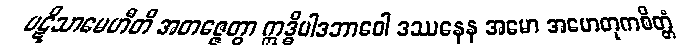
ပဋိသာမေဟီတိ အတဇ္ဇေတွာ ဣဒ္ဓိပါဒဘာဝေါ ဒဿနေန အမော အဟေတုကစိတ္တံ